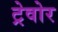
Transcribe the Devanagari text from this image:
ट्रेवोर